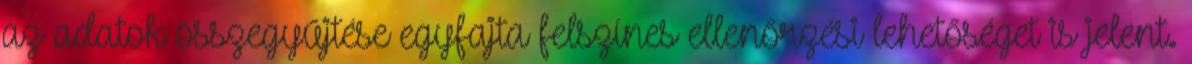
az adatok összegyűjtése egyfajta felszínes ellenőrzési lehetőséget is jelent.